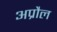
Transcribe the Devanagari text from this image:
अप्रौल